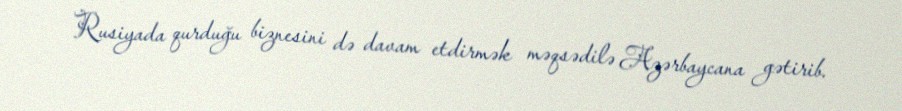
Rusiyada qurduğu biznesini də davam etdirmək məqsədilə Azərbaycana gətirib.